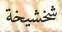
شخشيخة